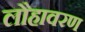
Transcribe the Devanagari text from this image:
लौहावरण